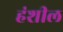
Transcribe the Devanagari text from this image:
हंशील